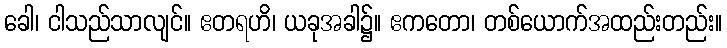
ခေါ၊ ငါသည်သာလျင်။ ဧတရဟိ၊ ယခုအခါ၌။ ဧကတော၊ တစ်ယောက်အထည်းတည်း။